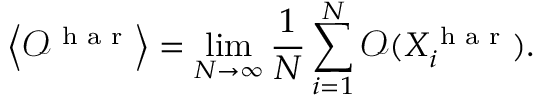
\left\langle \mathcal { O } ^ { \textrm { h a r } } \right\rangle = \operatorname* { l i m } _ { N \rightarrow \infty } \frac { 1 } { N } \sum _ { i = 1 } ^ { N } \mathcal { O } ( X _ { i } ^ { \textrm { h a r } } ) .